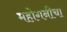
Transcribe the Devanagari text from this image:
महोगनीचा